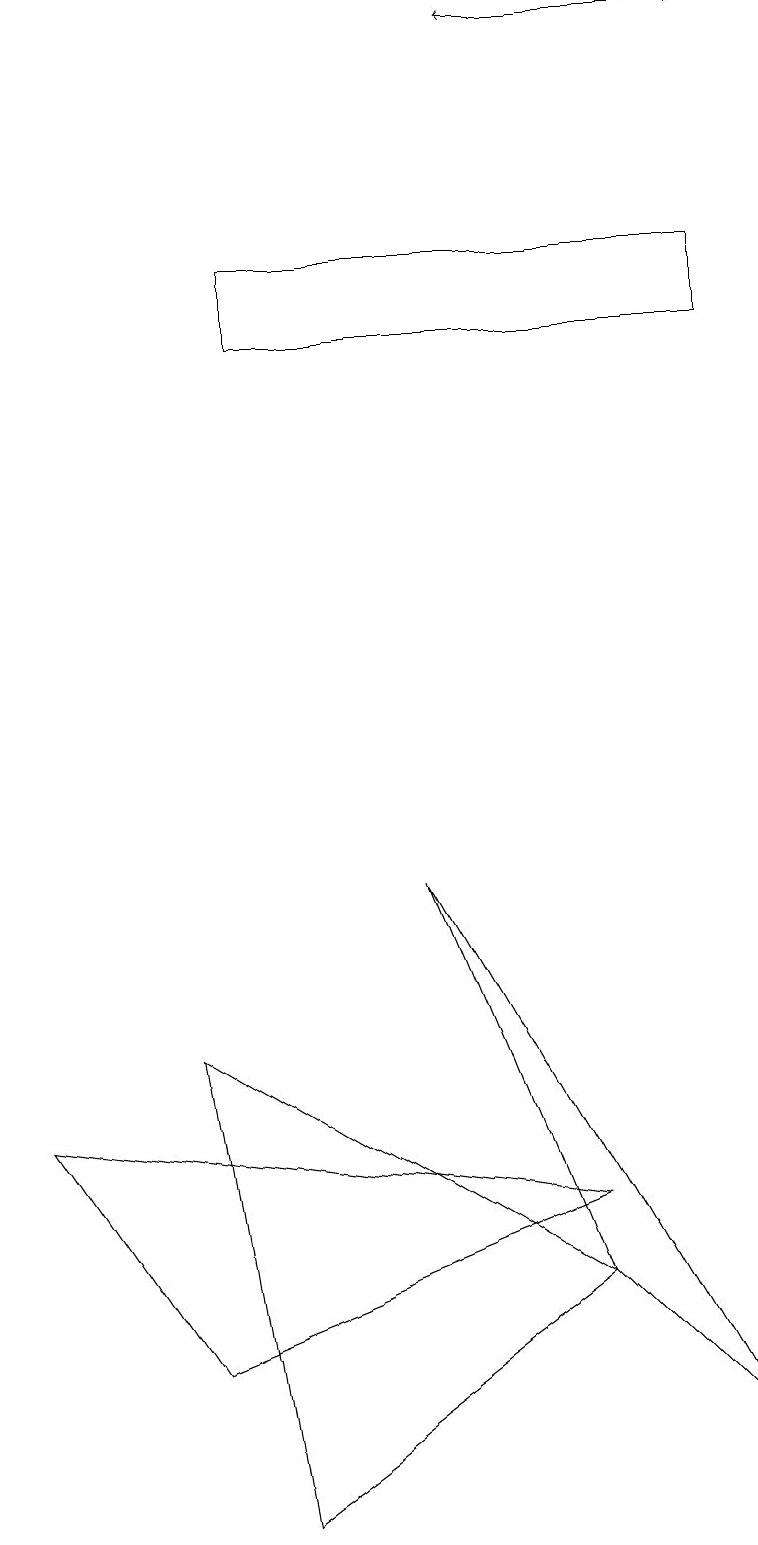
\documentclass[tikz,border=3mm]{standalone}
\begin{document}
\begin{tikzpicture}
\draw (3,16) rectangle (9,15);
\draw (7,3) -- (5,8) -- (9,1) -- cycle;
\draw[->] (7,19) -- (9,19);
\draw[->] (9,19) -- (6,19);
\draw (3,0) -- (2,6) -- (7,3) -- cycle;
\draw (2,2) -- (7,4) -- (0,5) -- cycle;
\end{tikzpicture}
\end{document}